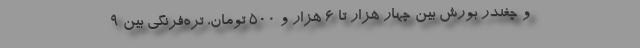
و چغندر بورش بین چهار هزار تا ۶ هزار و ۵۰۰ تومان، تره‌فرنگی بین ۹